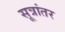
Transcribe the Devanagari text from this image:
सूत्रांतर